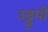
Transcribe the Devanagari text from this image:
उड्डुपी